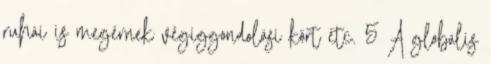
ruhái is megérnek végiggondolási kört etc. 5 A globális